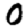
Digit: 0